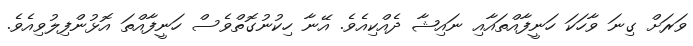
ވަރަށް ގިނަ ވާާހަކަ ހަނީފާއްތައާއި ނައިޝާ ދެއްކިއެވެ. އޭނާ ހިކުނުގޮތްވެސް ހަނީފާއްތަ އޮޅުންފިލުވިއެވެ.